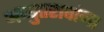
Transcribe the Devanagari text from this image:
अच्युतरावांना